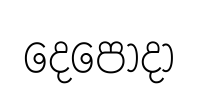
දෙපොදා